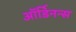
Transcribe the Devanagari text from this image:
ऑर्डिनन्स